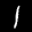
Label: 1